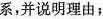
系，并说明理由；